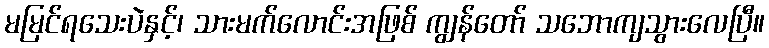
မမြင်ရသေးပဲနှင့်၊ သားမက်လောင်းအဖြစ် ကျွန်တော် သဘောကျသွားလေပြီ။